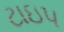
ટાઇપ